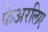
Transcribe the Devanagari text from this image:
फेअरलिए